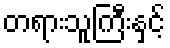
တရားသူကြီးနှင့်